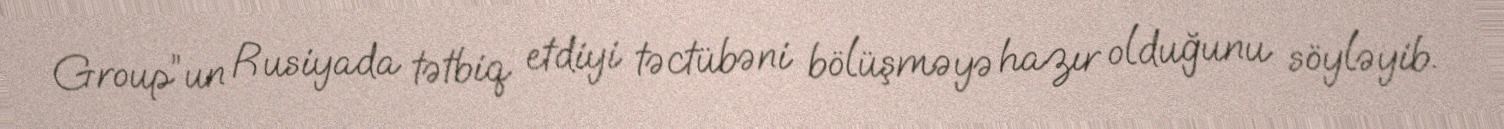
Group”un Rusiyada tətbiq etdiyi təctübəni bölüşməyə hazır olduğunu söyləyib.